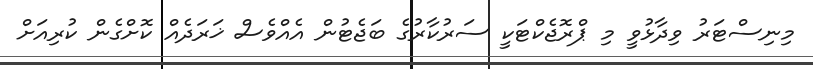
މިނިސްޓަރު ވިދާޅުވީ މި ޕްރޮޖެކްޓަކީ ސަރުކާރުގެ ބަޖެޓުން އެއްވެސް ޚަރަދެއް ކޮށްގެން ކުރިއަށް